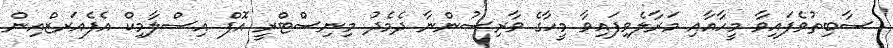
ސާބިތުވެފައިވާ މީހާއާއި މަރާލެވިފައިވާ މީހާގެ ވާރިސުންނާ ދެމެދު މިނިސްޓްރީ އޮފް އިސްލާމިކް އެފެއަރޒްއިން